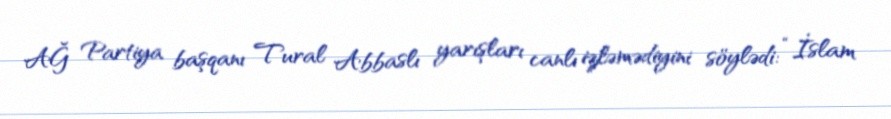
AĞ Partiya başqanı Tural Abbaslı yarışları canlı izləmədiyini söylədi: “İslam